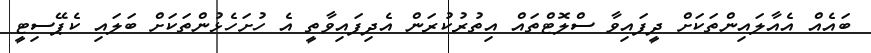
ބައެއް އެއާލައިންތަކަށް ދީފައިވާ ސްލޮޓްތައް އިތުރުކުރަން އެދިފައިވާތީ އެ ހުށަހެޅުންތަަކަށް ބަލައި ކެޕޭސިޓީ